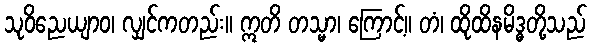
သုဝိညေယျာဝ၊ လျှင်ကတည်း။ ဣတိ တသ္မာ၊ ကြောင့်။ တံ၊ ထိုထိနမိဒ္ဓတို့သည်